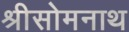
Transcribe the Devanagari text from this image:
श्रीसोमनाथ